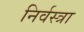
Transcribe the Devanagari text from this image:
निर्वस्त्रा